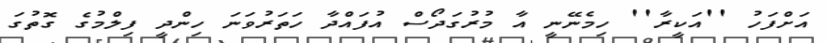
އަށްފަހު ''އަކީރާ'' ހިމެނޭނީ އާ މުރުގަދޯސް އުފައްދާ ހަތަރުވަނަ ހިންދީ ފިލްމުގެ ގޮތުގަ